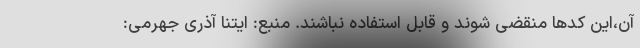
آن،‌این کدها منقضی شوند و قابل استفاده نباشند. منبع: ایتنا آذری جهرمی: